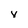
Character: V